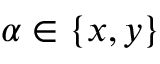
\alpha \in \{ x , y \}